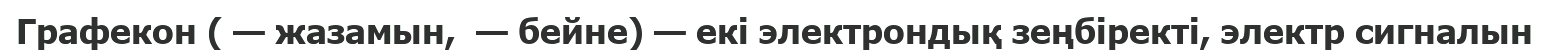
Графекон ( — жазамын,  — бейне) — екі электрондық зеңбіректі, электр сигналын